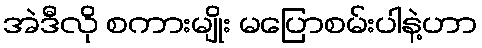
အဲဒီလို စကားမျိုး မပြောစမ်းပါနဲ့ဟာ